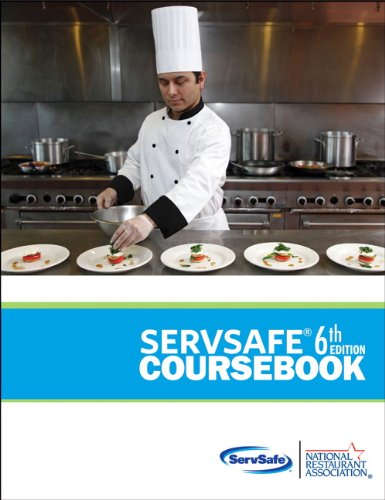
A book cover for ServSafe CourseBook with Answer Sheet (6th Edition) (MyServSafeLab Series); National Restaurant Association; Science & Math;